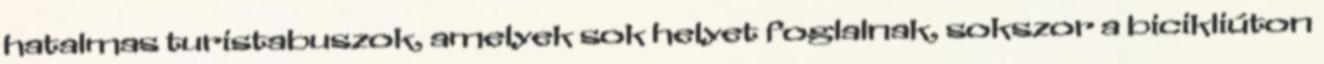
hatalmas turistabuszok, amelyek sok helyet foglalnak, sokszor a bicikliúton